Vaccine operations Central Provinces 1868-1885 - 1868-1885
Year: 1868
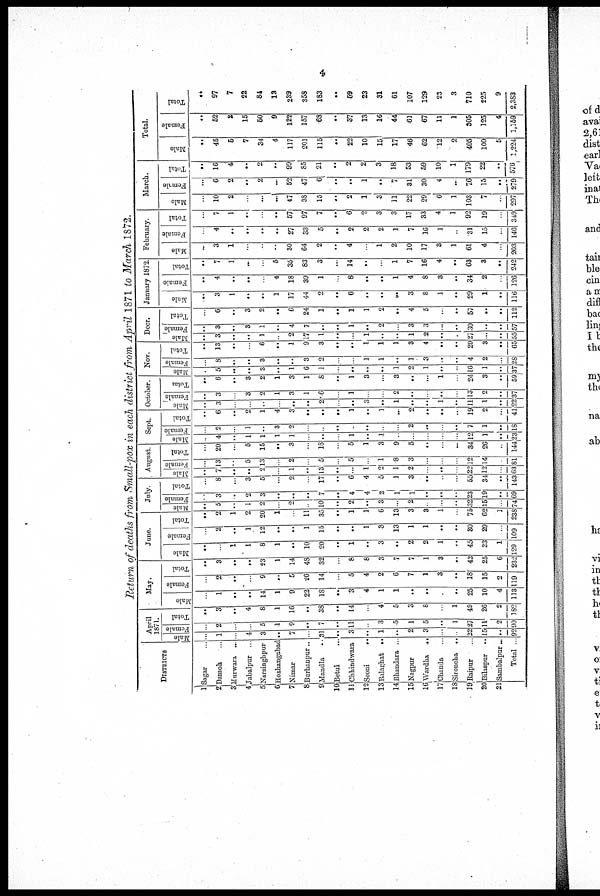
4
Return of deaths from Small-pox in each district from April 1871 to March 1872.
DISTRICTS
1
2
3
4
5
6
7
8
9
10
11
12
13
14
15
16
17
18
19
20
21
Sagar ...
Damoh ...
Murwara ...
Jabalpur ..
Narsinghpur
Hoshangabad
Nimar
Burhanpur..
Mandla ..
Betul ...
Chhindwara
Seoni
..
Balagbat ...
Bhandara ..
Nagpur
Wardha
..
Chanda ..
Sironcha ..
Raipur .
Bilaspur ..
Sambalpur..
Total ...
April
1871.
Male
...
1
...
4
3
..
7
...
31
...
3
..
1
...
2
3
...
...
22
15
...
92
Female
...
2
...
...
5
1
9
...
7
...
11
...
3
5
1
5
..
1
27
11
2
90
Total
...
3
...
4
8
1
16
...
38
...
14
...
4
5
3
8
...
1
49
26
2
182
May.
Male
...
1
...
...
14
1
9
22
18
...
3
4
1
1
...
...
..
...
25
10
4
113
Female
...
2
...
...
9
...
5
26
14
...
5
4
2
6
7
1
3
...
18
15
2
119
Total
...
3
...
...
23
1
14
48
32
...
8
8
3
7
7
1
3
...
43
25
6
232
June.
Male
...
...
1
1
8
1
...
10
20
...
1
...
3
...
2
2
1
...
45
33
1
129
Female
...
2
...
1
12
...
...
1
15
...
...
1
3
13
1
1
...
...
30
29
...
109
Total
...
2
1
2
20
1
...
11
35
...
1
1
6
13
3
3
1
...
75
62
1
238
July.
Male
...
5
..
1
2
2
...
10
..
2
...
3
..
2
..
..
32
15
74
Female
...
3
...
2
3
..
...
..
7
...
4
4
2
1
1
...
...
...
23
19
...
69
Total
...
8
...
3
5
...
2
...
17
...
6
4
5
1
3
...
...
...
55
34
...
143
August.
Male
...
7
...
...
2
...
1
...
13
...
...
1
2
1
2
...
...
...
22
12
63
Female
...
13
...
5
13
...
2
...
5
...
5
...
1
8
3
...
...
...
12
14
81
Total
...
20
...
5
15
...
3
...
18
...
5
1
3
9
5
...
...
...
34
26
...
144
Sept.
Male
...
4
...
1
1
1
1
...
..
...
1
..
1
...
...
...
...
...
12
1
..
23
Female
...
2
...
1
...
3
2
...
...
...
...
..
..
...
2
...
...
..
7
1
...
18
Total
...
6
...
2
1
4
3
...
...
...
1
...
1
...
2
...
...
...
19
2
...
41
October.
Male
...
3
...
...
...
..
2
...
...
3
...
1
...
...
1
...
11
1
...
22
Female
...
3
3
2
1
3
1
6
...
1
...
...
2
..
...
...
...
13
2
...
37
Total
...
6
...
3
2
1
3
1
8
...
1
3
...
3
...
...
1
...
24
3
...
59
Nov.
Male
...
5
...
..
3
..
1
6
1
...
...
..
...
1
2
1
...
...
16
1
...
37
Female
...
8
...
..
3
..
...
3
2
...
...
1
1
..
1
3
...
...
4
2
...
28
Total
...
13
...
...
6
...
1
9
3
...
...
1
1
1
3
4
...
...
20
3
...
65
Decr.
Male
...
3
...
..
1
...
2
17
1
...
...
1
..
..
1
2
...
...
27
...
...
55
Female
...
3
...
3
1
...
4
7
..
...
1
...
2
...
3
3
...
...
80
..
...
57
Total
...
6
...
3
2
...
6
24
1
...
1
1
2
...
4
5
...
...
57
...
...
112
January 1872
Male
...
3
1
...
...
1
17
44
2
...
6
...
...
...
3
8
1
...
29
1
...
116
Female
...
4
...
...
...
4
18
39
1
...
8
...
...
1
4
8
3
...
34
2
...
126
Total
...
7
1
...
...
5
35
83
3
...
14
...
...
1
7
16
4
...
63
3
...
242
February.
Male
...
3
1
...
...
...
30
64
2
...
4
...
1
2
10
17
3
1
61
4
...
203
Female
...
4
...
...
...
...
27
33
5
...
2
2
2
1
7
16
1
...
31
15
...
146
Total
...
7
1
...
...
...
57
97
7
...
6
2
3
3
17
33
4
1
92
19
...
349
March.
Male
...
10
2
...
...
...
47
38
15
...
2
1
3
11
22
29
6
1
103
7
...
297
Female
...
6
2
...
2
...
52
47
6
...
...
1
...
7
31
30
4
...
76
15
...
279
Total
...
16
4
...
2
...
99
85
21
...
2
2
3
18
53
59
10
1
179
22
...
576
Total.
Male
...
45
5
7
34
4
117
201
115
...
22
10
15
17
46
62
12
2
405
100
5
1,224
Female
...
52
2
15
50
9
122
157
68
...
37
13
16
44
61
67
11
1
305
125
4
1,159
Total
...
97
7
22
84
13
239
358
183
...
59
23
31
61
107
129
23
3
710
225
9
2,383